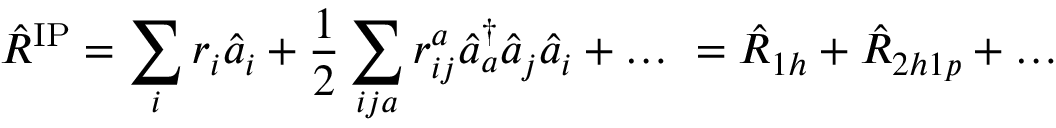
\hat { R } ^ { \mathrm { I P } } = \sum _ { i } r _ { i } \hat { a } _ { i } + \frac { 1 } { 2 } \sum _ { i j { a } } { r } _ { i j } ^ { a } \hat { a } _ { a } ^ { \dag } \hat { a } _ { j } \hat { a } _ { i } + \dots ~ = \hat { R } _ { 1 h } + \hat { R } _ { 2 h 1 p } + \dots ~